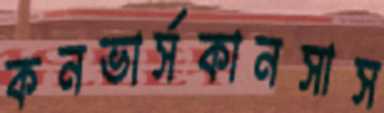
কনভার্সকানসাস